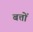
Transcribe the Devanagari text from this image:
बत्तों